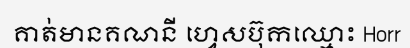
គាត់មានគណនី ហ្វេសប៊ុកឈ្មោះ Horr